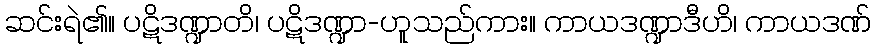
ဆင်းရဲ၏။ ပဋိဒဏ္ဍာတိ၊ ပဋိဒဏ္ဍာ-ဟူသည်ကား။ ကာယဒဏ္ဍာဒီဟိ၊ ကာယဒဏ်